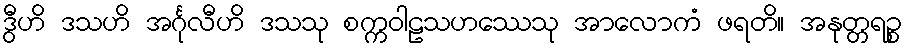
ဒွီဟိ ဒသဟိ အင်္ဂုလီဟိ ဒသသု စက္ကဝါဠသဟဿေသု အာလောကံ ဖရတိ။ အနုတ္တရဉ္စ